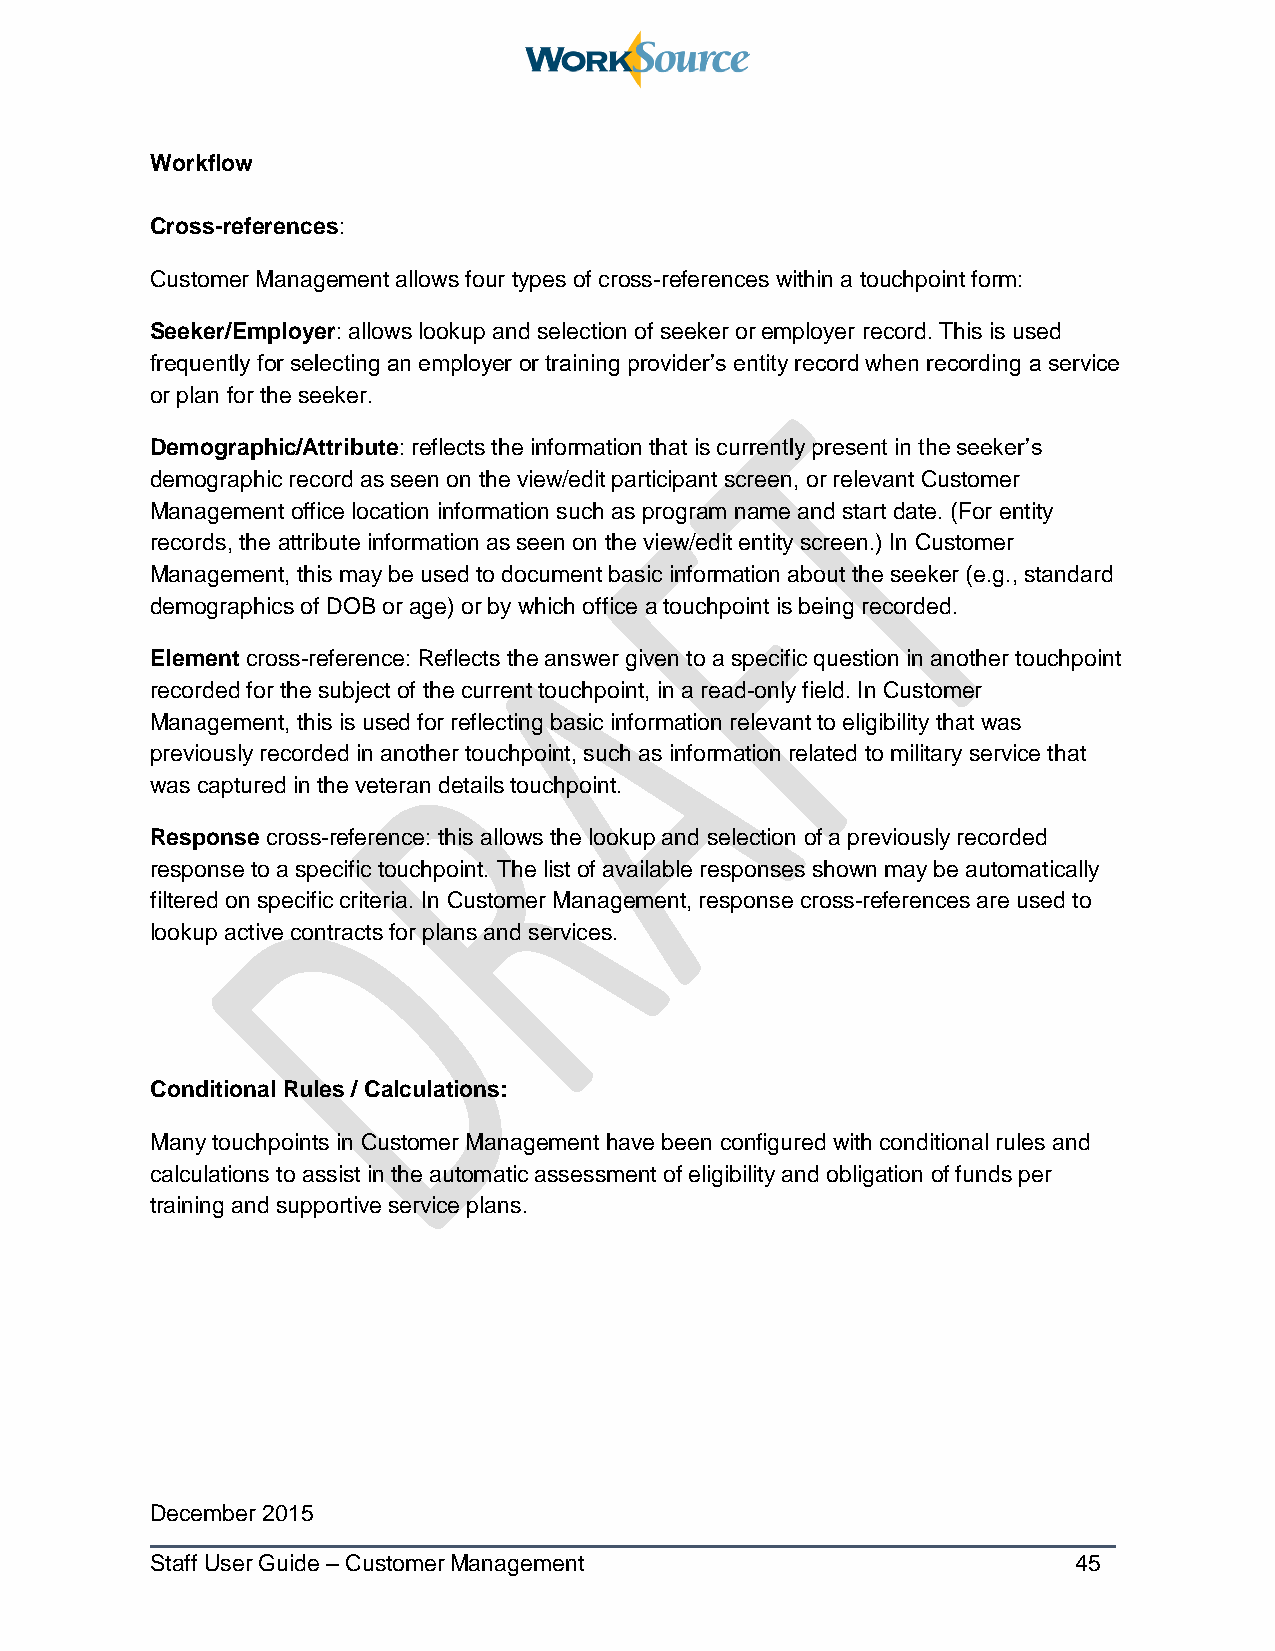
Workflow
 Cross-references:
 Customer Management allows four types of cross-references within a touchpoint form:
 Seeker/Employer: allows lookup and selection of seeker or employer record. This is used
 frequently for selecting an employer or training provider’s entity record when recording a service
 or plan for the seeker.
 Demographic/Attribute: reflects the information that is currently present in the seeker’s
 demographic record as seen on the view/edit participant screen, or relevant Customer
 Management office location information such as program name and start date. (For entity
 records, the attribute information as seen on the view/edit entity screen.) In Customer
 Management, this may be used to document basic information about the seeker (e.g., standard
 demographics of DOB or age) or by which office a touchpoint is being recorded.
 Element cross-reference: Reflects the answer given to a specific question in another touchpoint
 recorded for the subject of the current touchpoint, in a read-only field. In Customer
 Management, this is used for reflecting basic information relevant to eligibility that was
 previously recorded in another touchpoint, such as information related to military service that
 was captured in the veteran details touchpoint.
 Response cross-reference: this allows the lookup and selection of a previously recorded
 response to a specific touchpoint. The list of available responses shown may be automatically
 filtered on specific criteria. In Customer Management, response cross-references are used to
 lookup active contracts for plans and services.
 Conditional Rules / Calculations:
 Many touchpoints in Customer Management have been configured with conditional rules and
 calculations to assist in the automatic assessment of eligibility and obligation of funds per
 training and supportive service plans.
 December 2015
 Staff User Guide – Customer Management                       45